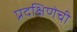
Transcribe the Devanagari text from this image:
प्रदक्षिणेची